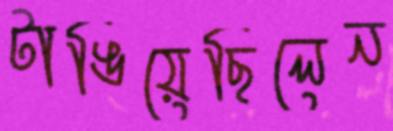
টাঙিয়েছিলেন